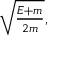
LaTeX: \textstyle { \sqrt { \frac { E + m } { 2 m } } } ,